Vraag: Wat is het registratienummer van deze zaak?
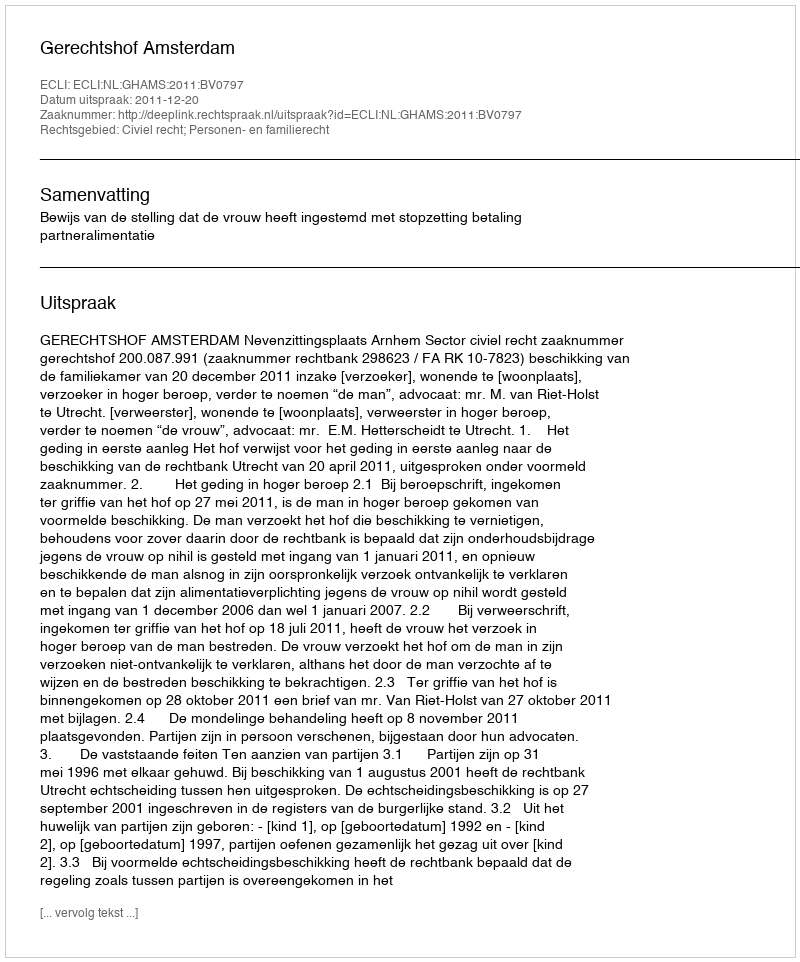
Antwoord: http://deeplink.rechtspraak.nl/uitspraak?id=ECLI:NL:GHAMS:2011:BV0797